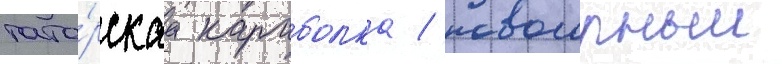
тата́рскаа караболка / новогорныи